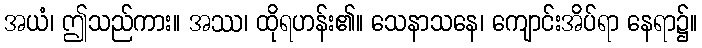
အယံ၊ ဤသည်ကား။ အဿ၊ ထိုရဟန်း၏။ သေနာသနေ၊ ကျောင်းအိပ်ရာ နေရာ၌။